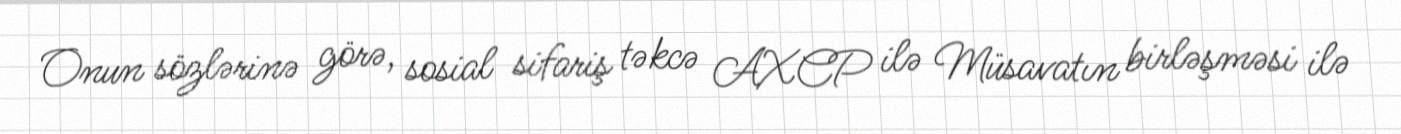
Onun sözlərinə görə, sosial sifariş təkcə AXCP ilə Müsavatın birləşməsi ilə